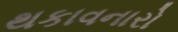
થકાવનારો